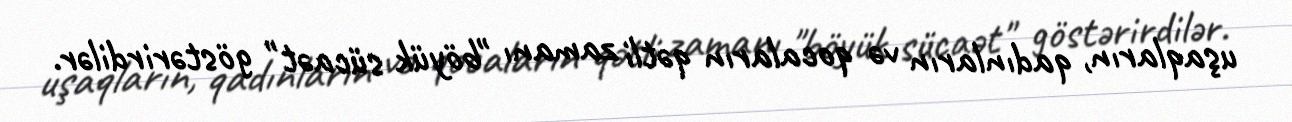
uşaqların, qadınların və qocaların qətli zamanı "böyük sücaət" göstərirdilər.